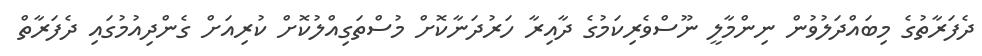
ދެފަރާތުގެ މިބައްދަލުވުން ނިންމާލީ ނޫސްވެރިކަމުގެ ދާއިރާ ހަރުދަނާކޮށް މުސްތަގިއްލުކޮށް ކުރިއަށް ގެންދިއުމުގައި ދެފަރާތް